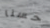
حسنا